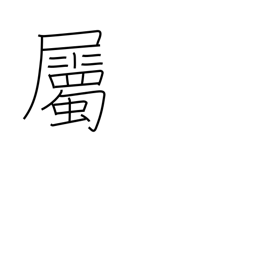
Meaning: belong